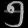
Digit: ၅